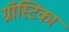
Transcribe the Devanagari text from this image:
ग्नॉस्टिका